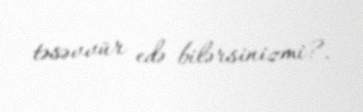
təsəvvür edə bilərsinizmi?.